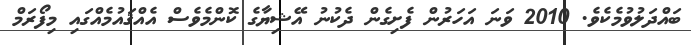
ބައްދަލުވުމެކެވެ. 2010 ވަނަ އަހަރުން ފެށިގެން ދެކުނު އޭޝިޔާގެ ކޮންމެވެސް އެއްޤައުމެއްގައި މިފޯރަމް